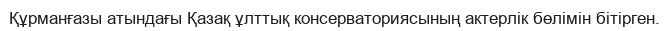
Құрманғазы атындағы Қазақ ұлттық консерваториясының актерлік бөлімін бітірген.